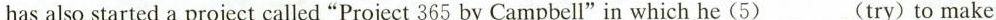
has also started a project called"Project 365 by Campbell"in which he (5)___(try)to make